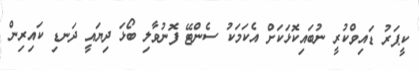
ކީޕަރު ޑައިވްކުރީ ނުބައިކޮޅަކަށް އެކަމަކު ސެންޓޭ ފޮނުވާލި ބޯޅަ ދިޔައީ ދަނޑި ކައިރިން